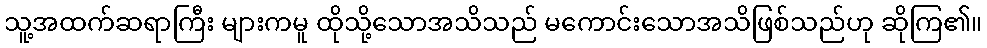
သူ့အထက်ဆရာကြီး များကမူ ထိုသို့သောအသိသည် မကောင်းသောအသိဖြစ်သည်ဟု ဆိုကြ၏။